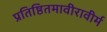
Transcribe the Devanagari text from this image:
प्रतिष्ठितमावीरावीर्म